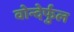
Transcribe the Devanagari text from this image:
वोन्देर्फुल